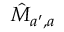
\hat { M } _ { a ^ { \prime } , a }